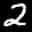
Label: 2